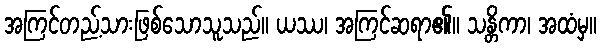
အကြင်တည့်သားဖြစ်သောသူသည်။ ယဿ၊ အကြင်ဆရာ၏။ သန္တိကာ၊ အထံမှ။